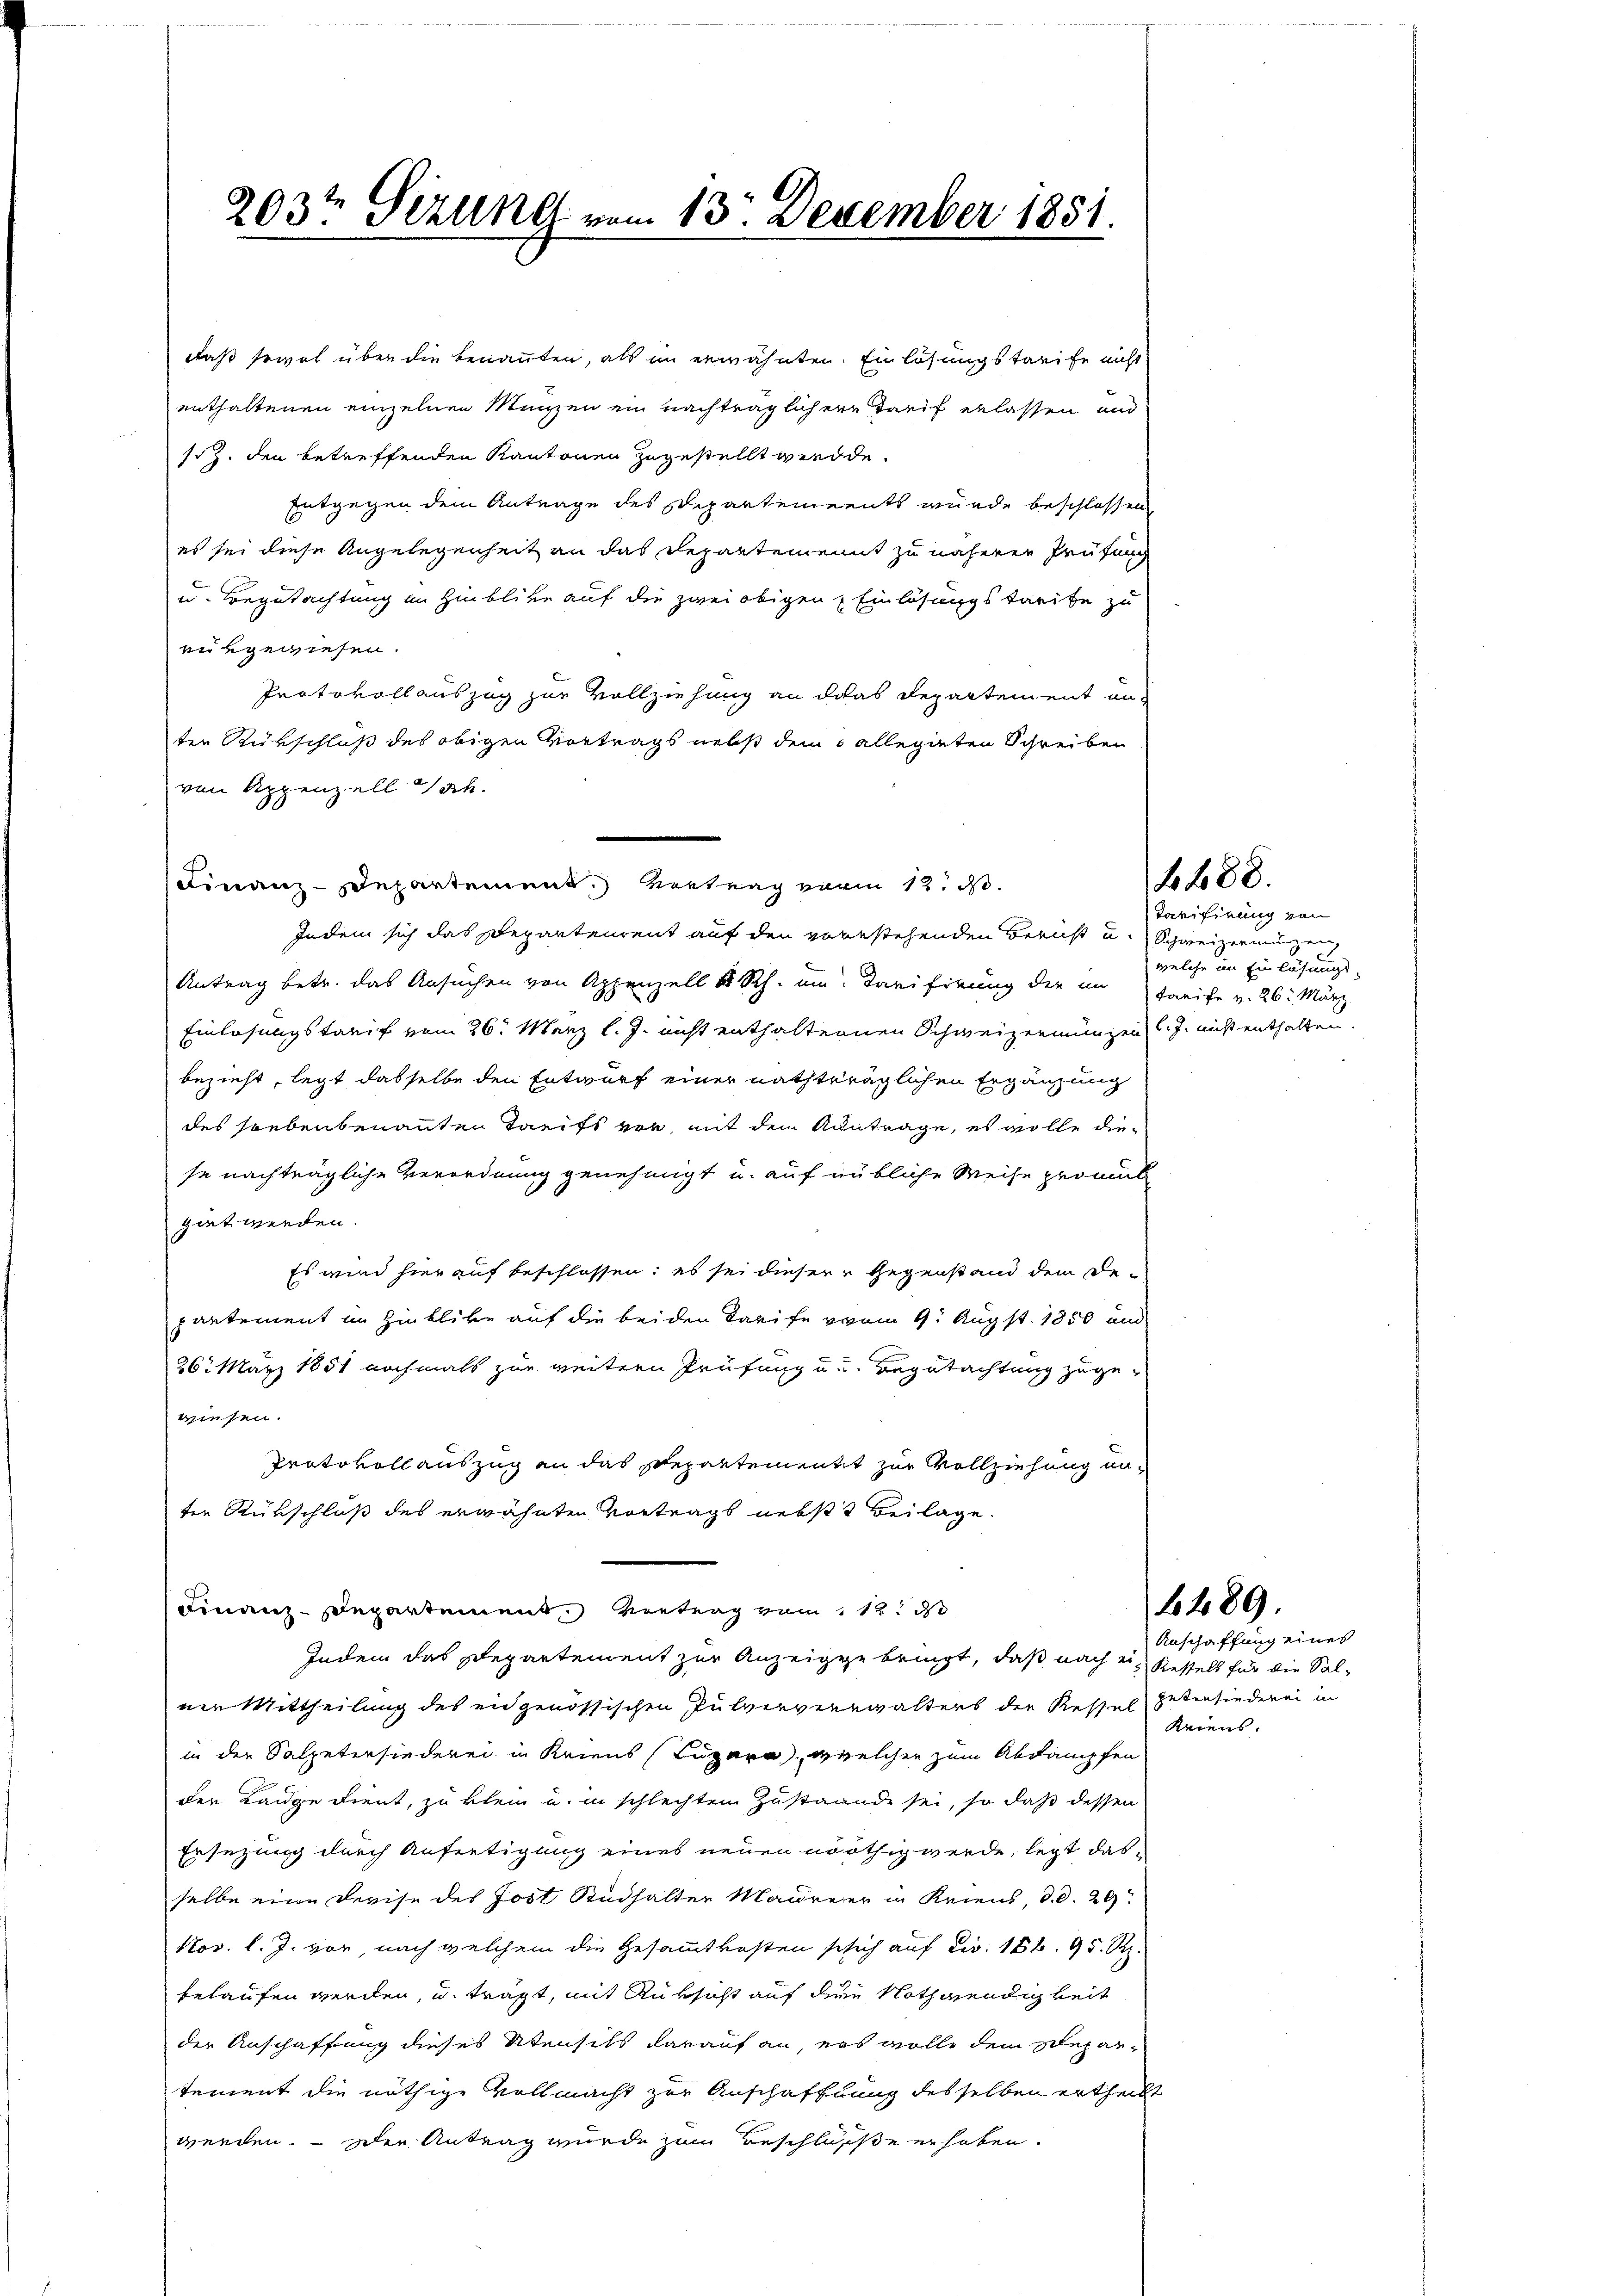
daß sowol über die benannten, als in erwähnten. Einlösungstarife nicht
enthaltenen einzelnen Münzen ein nachträglicher Tarif erlassen und
sz. den betreffenden Kantonen zugestellt werde.
Entgegen dem Antrage des Departements wurde beschlossen
es sei diese Angelegenheit an das Departement zu näheren Prüfung
u. Begutachtung im Hinblicke auf die zwei obigen Einlösungstreite zu
en gewiesen.
Protokollauszug zur Vollziehung an das Departement unter Rükschluß des obigen Vortrags nebst dem o allegirten Schreiben
von Appenzell sah.
Finanz-Departement.) Vortrag von 12. d.
Indem sich das Repartement auf den vorstehenden Bericht u. Schweizermute
Antrag betr. das Ansuchen von Appenzell & Rh. um. Tarifirung der im Tarife v. 26. März
Einlösungstarif vom 26. März l. J. nicht enthalternen Schweizermungen C. J. nicht enthalten.
bezieht, legt dasselbe den Entwurf einer nachträglichen Ergänzung
des soebenbenannten Tarifs vor, mit dem Kantrage, es wolle diese nachträgliche Verordnung genehmigt u. auf übliche Weise promit
guet werden.
Es wird hierauf beschlossen; es sei dieser Gegenstand dem De-
pantement im Hinblicke auf die beiden Tarife vom 9. Augst. 1850 und
26. März 1851 nochmals zur weitern Prüfung u. Begutachtung zugewiesen.
Protokollauszug an das Departement zur Vollziehung unter Rückschluß des erwähnten Vortrags nebst Beilage.
Finanz-Departement. Vortrag vom 12. d
Indem das Departement zur Anzeige bringt, daß nach ein Kessels für die Salner Mittheilung des eidgenössischen Pulververwalters der Kessel getensiederei in
in der Salpetersiederei in Kriens (Luzara, welcher zum Abdämpfen
der Lange dient, zu klein u. in schlechtem Zustande sei, so daß dessen
Ersezung durch Anfertigung eines neuen nöthig werde, legt dasselbe eine Devise des Jost Radhalter Maureer in Kriens, d. d. 29
Nov. l. J. vor nach welchem die Gesammtkosten schich auf civ. 158. 95 Rp.
belaufen werden, u. tragt, mit Rüksicht auf dem Nothwendigkeit
der Anschaffung dieses Utensits darauf an, es wolle dem Separtement die nöthige Vollmacht zur Anschaffnung desselben ertheilt
werden. — Der Antrag wurde zum Beschlüsse erhoben.

203t Sezung vom 13. Dezember 1851.

6488.

Tarifirung von
welche im Einlösungs¬

Anschaffung eines
Kriens.

6489.